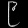
Digit: ၉